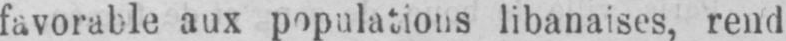
favorable aux populations libanaises, rend